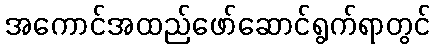
အကောင်အထည်ဖော်ဆောင်ရွက်ရာတွင်